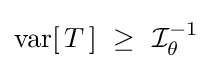
\operatorname {var} [\,T\,]\ \geq \ {\mathcal {I}}_{\theta }^{-1}